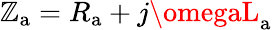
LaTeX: \mathbb{Z}_{\mathrm{{a}}}=R_{\mathrm{{a}}}+j\omegaL_{\mathrm{{a}}}